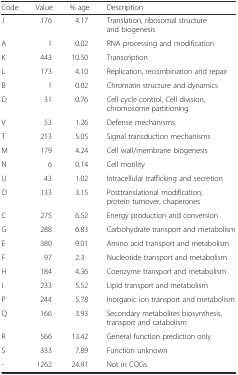
<table><thead><tr><td><b>Code</b></td><td><b>Value</b></td><td><b>% age</b></td><td><b>Description</b></td></tr></thead><tbody><tr><td>J</td><td>176</td><td>4.17</td><td>Translation, ribosomal structure and biogenesis</td></tr><tr><td>A</td><td>1</td><td>0.02</td><td>RNA processing and modification</td></tr><tr><td>K</td><td>443</td><td>10.50</td><td>Transcription</td></tr><tr><td>L</td><td>173</td><td>4.10</td><td>Replication, recombination and repair</td></tr><tr><td>B</td><td>1</td><td>0.02</td><td>Chromatin structure and dynamics</td></tr><tr><td>D</td><td>31</td><td>0.76</td><td>Cell cycle control, Cell division, chromosome partitioning</td></tr><tr><td>V</td><td>53</td><td>1.26</td><td>Defense mechanisms</td></tr><tr><td>T</td><td>213</td><td>5.05</td><td>Signal transduction mechanisms</td></tr><tr><td>M</td><td>179</td><td>4.24</td><td>Cell wall/membrane biogenesis</td></tr><tr><td>N</td><td>6</td><td>0.14</td><td>Cell motility</td></tr><tr><td>U</td><td>43</td><td>1.02</td><td>Intracellular trafficking and secretion</td></tr><tr><td>O</td><td>133</td><td>3.15</td><td>Posttranslational modification, protein turnover, chaperones</td></tr><tr><td>C</td><td>275</td><td>6.52</td><td>Energy production and conversion</td></tr><tr><td>G</td><td>288</td><td>6.83</td><td>Carbohydrate transport and metabolism</td></tr><tr><td>E</td><td>380</td><td>9.01</td><td>Amino acid transport and metabolism</td></tr><tr><td>F</td><td>97</td><td>2.3</td><td>Nucleotide transport and metabolism</td></tr><tr><td>H</td><td>184</td><td>4.36</td><td>Coenzyme transport and metabolism</td></tr><tr><td>I</td><td>233</td><td>5.52</td><td>Lipid transport and metabolism</td></tr><tr><td>P</td><td>244</td><td>5.78</td><td>Inorganic ion transport and metabolism</td></tr><tr><td>Q</td><td>166</td><td>3.93</td><td>Secondary metabolites biosynthesis, transport and catabolism</td></tr><tr><td>R</td><td>566</td><td>13.42</td><td>General function prediction only</td></tr><tr><td>S</td><td>333</td><td>7.89</td><td>Function unknown</td></tr><tr><td>-</td><td>1262</td><td>24.91</td><td>Not in COGs</td></tr></tbody></table>